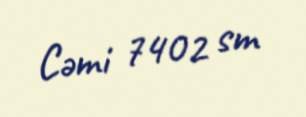
Cəmi 7402 sm